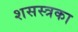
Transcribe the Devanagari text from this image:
शसस्त्रका